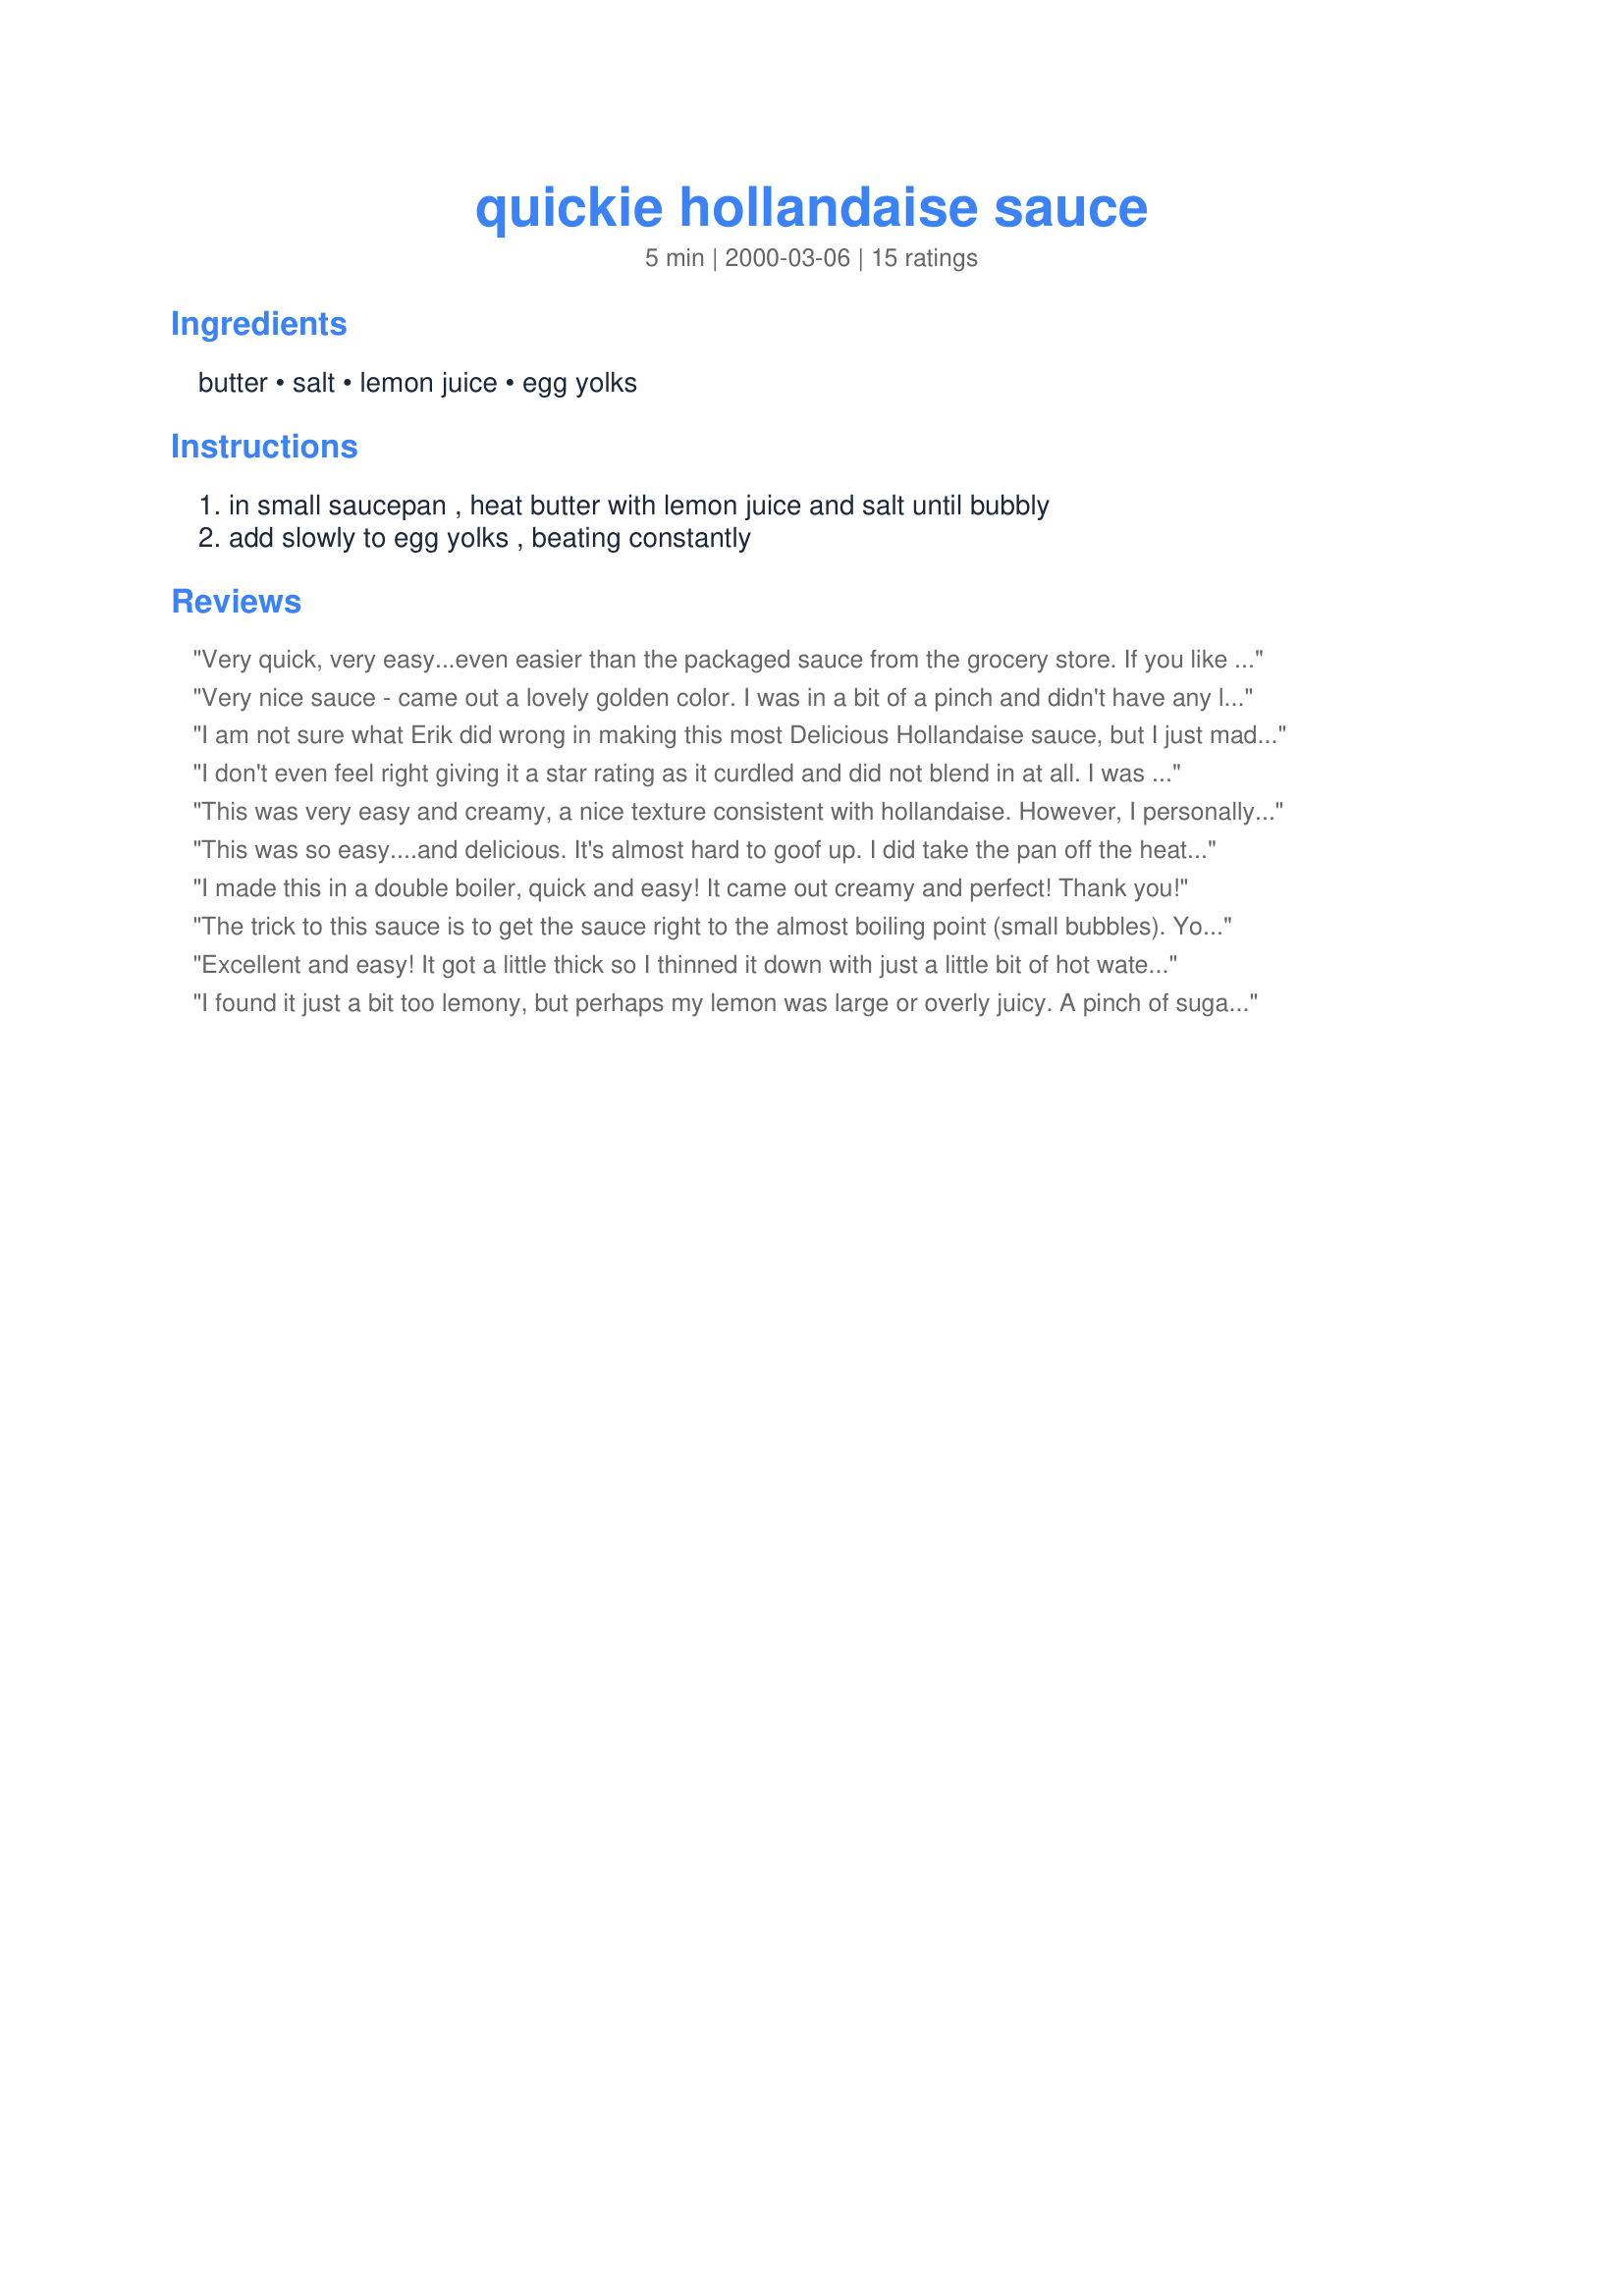
quickie hollandaise sauce
Preparation time: 5 minutes

Ingredients:
butter, salt, lemon juice, egg yolks

Steps:
in small saucepan , heat butter with lemon juice and salt until bubbly, add slowly to egg yolks , beating constantly

Reviews:
Very quick, very easy...even easier than the packaged sauce from the grocery store. If you like a little more kick from your sauce, add extra lemon.
Very nice sauce - came out a lovely golden color. I was in a bit of a pinch and didn't have any lemon juice, so I used orange juice and added a tsp of prepared mustard (I like the flavor and I like how the vinegar in the mustard helps the sauce along). I followed step 1 and then whisked the yolks in a seperate bowl, adding one tablespoon of the hot butter at a time, so as not to cook the egg and cause the sauce the fall out. Was a bit thinner than I'm used to, but folks liked the mild citrus flavor the orange imparted. Thanks!
I am not sure what Erik did wrong in making this most Delicious Hollandaise sauce, but I just made it for my asparagus and It was just yummy. It was so easy, that now I can make it for my seafood omelets when I make them. When it came to the lemon, it was squirts from a fresh lemon, and I just squeezed until I got just the right flavor for me. No measuring. Thank you.
I don't even feel right giving it a star rating as it curdled and did not blend in at all. I was very careful about the temp, perhaps its because I used a Le Creuset saucier pan and it retained too much heat but this was a total bust.
This was very easy and creamy, a nice texture consistent with hollandaise. However, I personally hated the flavour- way too lemony, not rich enough for my personal taste. And my eggs were definitely at room temperature. I've made hollandaise the traditional way without any problems so not sure what the issue here is, I followed the recipe exactly. Mine did not get curdled or come out too thick or too thin at all.
This was so easy....and delicious. It's almost hard to goof up. I did take the pan off the heat when I added the yolks. What a great find. Thanks.
I made this in a double boiler, quick and easy! It came out creamy and perfect!
Thank you!
The trick to this sauce is to get the sauce right to the almost boiling point (small bubbles). You then add the egg yolks very quickly and it immediately cooks them. Make sure the butter/lemon isn't too hot or you'll scramble it...or if it isn't hot enough, it won't cook and will be very thin.
Excellent and easy! It got a little thick so I thinned it down with just a little bit of hot water, maybe a tablespoon. Just used a small saucepan on the stove, didn't have any scorching.
I found it just a bit too lemony, but perhaps my lemon was large or overly juicy. A pinch of sugar made it a little less sharp. I also added some dried tarragon leaves which made a nice touch. The sauce was also thinner than I expected; perhaps I should have let it set?
I have made hollandaise sauce a total of three times in my life. This made #4. I always thought it was too much work. Now, having found this,I will make it often! Served with roasted asparagus!!!!
I'm a holandaise lover and this recipe is SINFULLY DELICIOUS!! It's very creamy and has a nice lemony kick. Although, when it bacame too thick I added 1 TBS of hot water and that worked beautifully. This recipe is so simple and quite easy. Definitly a keeper! Thank you so much for sharing.
Very quick, very easy, and very flavorful. If I make it again I will definitely up the lemon juice, but we were very satisfied with this. Thanks so much for posting!
This recipe was easy to make and tasted wonderful! 

I did not measure the lemon juice and kept adding more to taste (I like mine lemon-y).

For Erik, I would suggest making sure the egg yolks are at room temperature. Mine were not, but I put the mixture back into th pan I had heated the butter, salt, and lemon juice in. It was a non-stick pan and it was still slightly hot. It helped to cook the yolks enough to thicken the sauce. The sauce also did get thicker after it sat for a few minutes.

Enjoy!
I had never made a hollandaise sauce from scratch before. This was so simple and so yummy. No more packaged ones for me!
